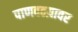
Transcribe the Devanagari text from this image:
पाणवठय़ावर